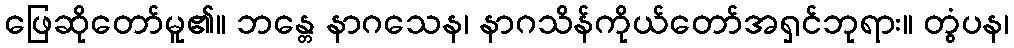
ဖြေဆိုတော်မူ၏။ ဘန္တေ နာဂသေန၊ နာဂသိန်ကိုယ်တော်အရှင်ဘုရား။ တွံပန၊